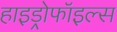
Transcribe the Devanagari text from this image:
हाइड्रोफॉइल्स